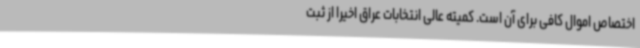
اختصاص اموال کافی برای آن است. کمیته عالی انتخابات عراق اخیرا از ثبت